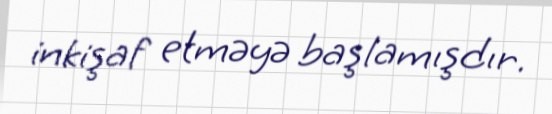
inkişaf etməyə başlamışdır.